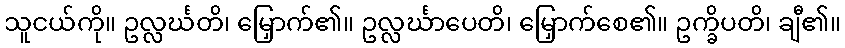
သူငယ်ကို။ ဥလ္လင်္ဃတိ၊ မြှောက်၏။ ဥလ္လင်္ဃာပေတိ၊ မြှောက်စေ၏။ ဥက္ခိပတိ၊ ချီ၏။